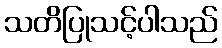
သတိပြုသင့်ပါသည်